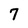
Character: 7